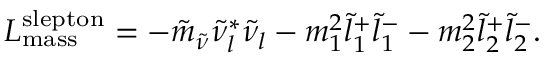
{ \cal L } _ { \mathrm { m a s s } } ^ { \mathrm { s l e p t o n } } = - \tilde { m } _ { \tilde { \nu } } \tilde { \nu } _ { l } ^ { * } \tilde { \nu } _ { l } - m _ { 1 } ^ { 2 } \tilde { l } _ { 1 } ^ { + } \tilde { l } _ { 1 } ^ { - } - m _ { 2 } ^ { 2 } \tilde { l } _ { 2 } ^ { + } \tilde { l } _ { 2 } ^ { - } .